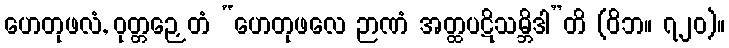
ဟေတုဖလံ, ဝုတ္တဉှေတံ “ဟေတုဖလေ ဉာဏံ အတ္ထပဋိသမ္ဘိဒါ”တိ (ဝိဘ။ ၇၂၀)။